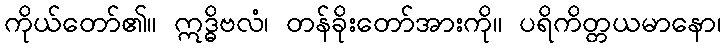
ကိုယ်တော်၏။ ဣဒ္ဓိဗလံ၊ တန်ခိုးတော်အားကို။ ပရိကိတ္တယမာနော၊